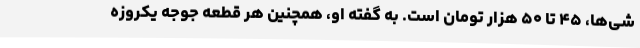
شی‌ها، ۴۵ تا ۵۰ هزار تومان است. به گفته او، همچنین هر قطعه جوجه یکروزه